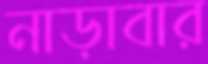
নাড়াবার